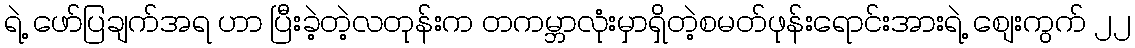
ရဲ့ ဖော်ပြချက်အရ ဟာ ပြီးခဲ့တဲ့လတုန်းက တကမ္ဘာလုံးမှာရှိတဲ့စမတ်ဖုန်းရောင်းအားရဲ့ စျေးကွက် ၂၂